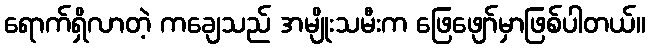
ရောက်ရှိလာတဲ့ ကချေသည် အမျိုးသမီးက ဖြေဖျော်မှာဖြစ်ပါတယ်။